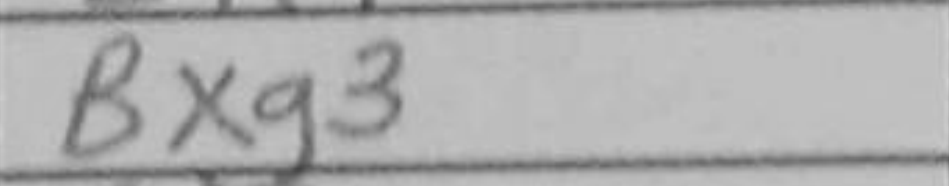
Transcription: Bxg3